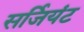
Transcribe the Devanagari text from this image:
सर्जियंट